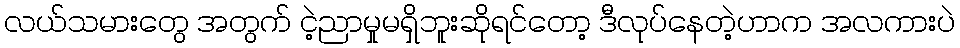
လယ်သမားတွေ အတွက် ငဲ့ညာမှုမရှိဘူးဆိုရင်တော့ ဒီလုပ်နေတဲ့ဟာက အလကားပဲ